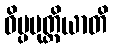
ဝိပ္ပမုတ္တိယာတိ